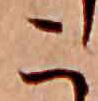
こ